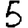
Digit: 5